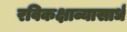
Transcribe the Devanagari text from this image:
रविकक्षाव्यासार्ध